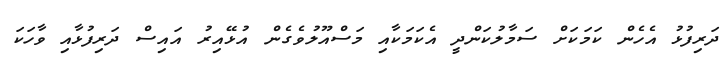
ދަރިފުޅު އެހެން ކަމަކަށް ސަމާލުކަންދީ އެކަމަކާއި މަސްއޫލުވެގެން އުޅޭއިރު އައިސް ދަރިފުޅާއި ވާހަކަ